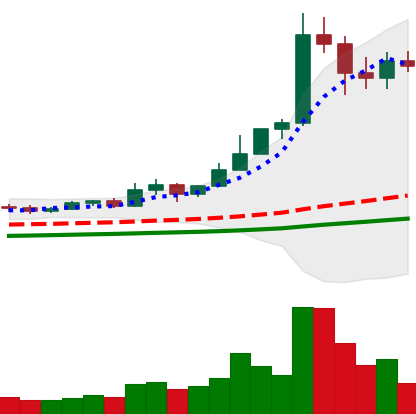
Ticker: ETC-USD
Chart end date: 2021-02-18
Forward return: -24.395%
Label: down_7plus